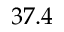
3 7 . 4